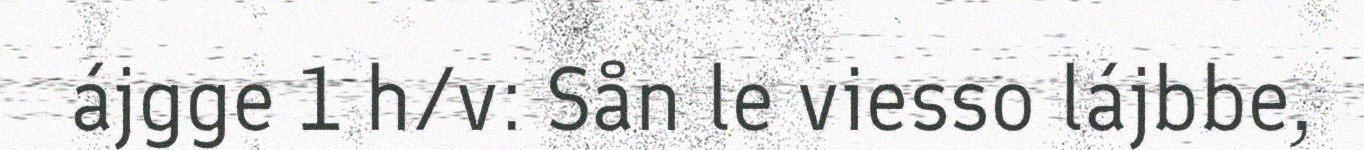
ájgge 1 h/v: Sån le viesso lájbbe,